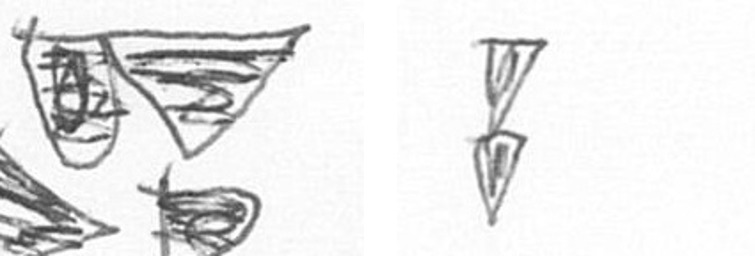
B Z